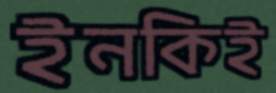
ইনকিই